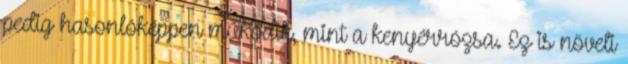
pedig hasonlóképpen működik, mint a kenyérrózsa. Ez is növeli